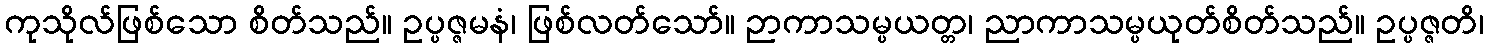
ကုသိုလ်ဖြစ်သော စိတ်သည်။ ဥပ္ပဇ္ဇမနံ၊ ဖြစ်လတ်သော်။ ဉာကာသမ္ပယတ္တ၊ ညာကာသမ္ပယုတ်စိတ်သည်။ ဥပ္ပဇ္ဇတိ၊